Code of medical and sanitary regulations for the guidance of medical officers serving in the Madras Presidency - Volume II
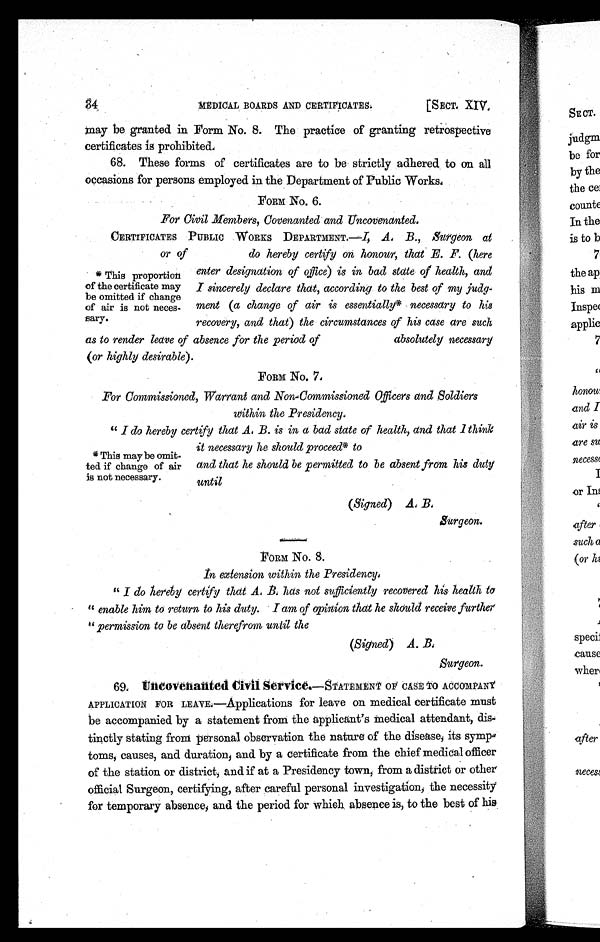
MEDICAL BOARDS AND CERTIFICATES.
[SECT. XIV.
may be granted in Form. No. 8. The practice of granting retrospective
certificates is prohibited.
68. These forms of certificates are to be strictly adhered, to on all
occasions for persons employed in the Department of Public Works,
FORM No. 6.
For Civil Members, Covenanted and Uncovenanted.
* This proportion
of the certificate may
be omitted if change
of air is not neces-
sary.
CERTIFICATES PUBLIC WORKS DEPARTMENT.— I, A. B., Surgeon at
or of do hereby certify on honour, that E. F. (here
enter designation of office) is in bad state of health, and
I
sincerely declare that, according to the best of my judg
-
ment (a change of air is essentially* necessary to his
recovery, and that) the circumstances of his case are such
as to render leave of absence for the period of absolutely necessary
(or highly desirable).
FORM No. 7,
For Commissioned, Warrant and Non-Commissioned Officers and Soldiers
within the Presidency.
* Thi s may be omi t -
ted if change of air
is not necessary.
" I do hereby certify that A. B. is in a bad state of health, and that 1 think
it necessary he should proceed* to
and that he should be permitted to be absent from his duty
until
(Signed) A. B.
FORM No. 8.
In extension within the Presidency,
" I do hereby certify that A. B. has not sufficiently recovered his health t
o
" enable him to return to his duty. I am of opinion that he should receive further
" permission to be absent therefrom until the
(Signed) A. B.
Surgeon.
69. Uncovenanted Civil Service. —STATEMENT OF CASE TO ACCOMPANY
APPLICATION FOR LEAVE.—Applications for leave on medical certificate must
be accompanied by a statement from the applicant's medical attendant, dis-
tinctly stating from personal observation the nature of the disease; its symp
toms, causes, and duration, and by a certificate from the chief medical officer
of the station or district, and if at a Presidency town, from a district or other
official Surgeon, certifying, after careful personal investigation, the necessity
for temporary absence; and the period for which, absence is, to the best of his